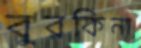
বুরকিনা